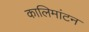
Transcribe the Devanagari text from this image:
कालिमांटन